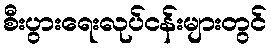
စီးပွားရေးလုပ်ငန်းများတွင်